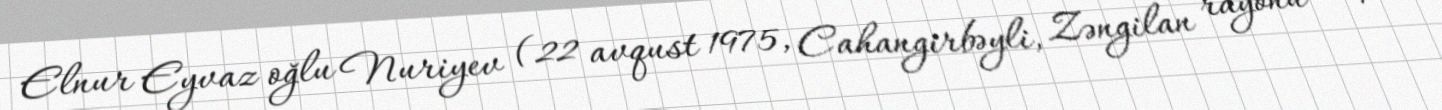
Elnur Eyvaz oğlu Nuriyev (22 avqust 1975, Cahangirbəyli, Zəngilan rayonu – 4